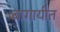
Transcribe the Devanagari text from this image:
बागायीत